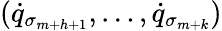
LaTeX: ({\dot{q}}_{\sigma_{m+h+1}},\dots,{\dot{q}}_{\sigma_{m+k}})